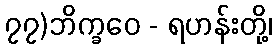
၇၇)ဘိက္ခဝေ - ရဟန်းတို့၊